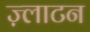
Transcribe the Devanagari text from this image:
ज़्लाटन